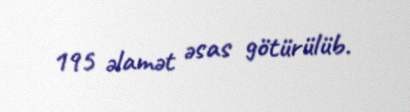
195 əlamət əsas götürülüb.